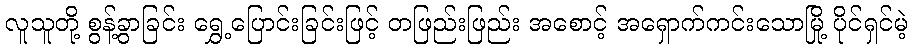
လူသူတို့ စွန့်ခွာခြင်း ရွှေ့ပြောင်းခြင်းဖြင့် တဖြည်းဖြည်း အစောင့် အရှောက်ကင်းသောမြို့ ပိုင်ရှင်မဲ့